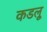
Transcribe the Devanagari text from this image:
कडलू